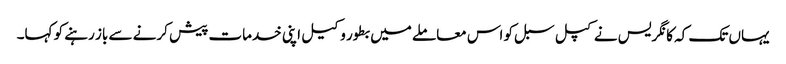
یہاں تک کہ کانگریس نے کپل سبل کو اس معاملے میں بطور وکیل اپنی خدمات پیش کرنے سے باز رہنے کو کہا۔